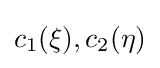
c_{1}(\xi ),c_{2}(\eta )